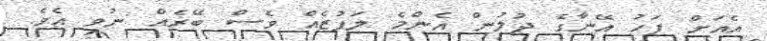
އެއަށް ފަހު އޭނާގެ ދުލުން އެންމެ ލަފުޒެއް ވެސް ބޭރެއް ނުވި އެވެ.